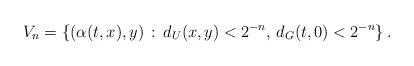
LaTeX: \begin{align*}V_n = \{ (\alpha(t,x), y) \,:\, d_U(x,y) < 2^{-n} ,\, d_G(t,0)< 2^{-n}\} \,.\end{align*}